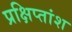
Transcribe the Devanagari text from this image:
प्रक्षिप्तांश